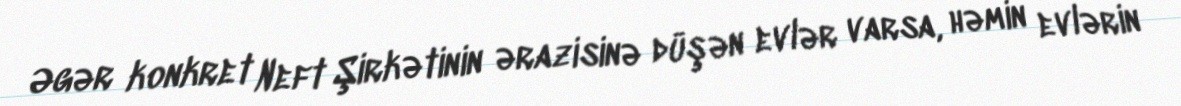
Əgər konkret Neft Şirkətinin ərazisinə düşən evlər varsa, həmin evlərin